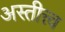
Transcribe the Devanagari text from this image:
अस्तीत्त्व